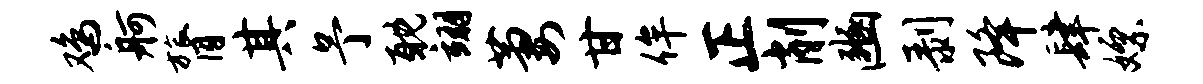
鸡舸膂其予耽翊萋甘侔正削豳剥降肆嫖